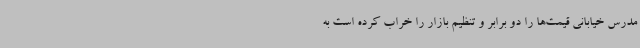
مدرس خیابانی قیمت‌ها را دو برابر و تنظیم بازار را خراب کرده است به